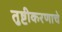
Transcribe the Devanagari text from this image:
तुष्टीकरणाचे